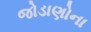
જોડાણોના